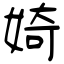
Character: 婍